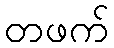
တဖက်